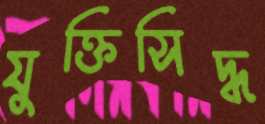
যুক্তিসিদ্ধ